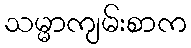
သမ္မာကျမ်းစာက